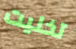
تخليت